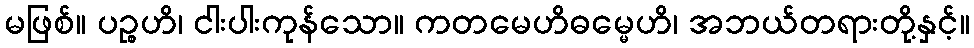
မဖြစ်။ ပဉ္စဟိ၊ ငါးပါးကုန်သော။ ကတမေဟိဓမ္မေဟိ၊ အဘယ်တရားတို့နှင့်။